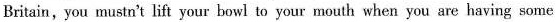
Britain, you mustn't lift your bowl to your mouth when you are having some